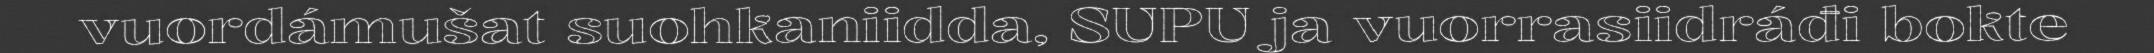
vuordámušat suohkaniidda, SUPU ja vuorrasiidráđi bokte